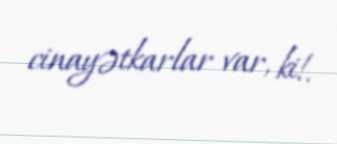
cinayətkarlar var, ki!.